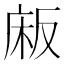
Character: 𫷰